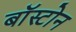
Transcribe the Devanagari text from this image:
बाॅस्टोन